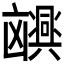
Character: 𫥮